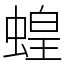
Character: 蝗